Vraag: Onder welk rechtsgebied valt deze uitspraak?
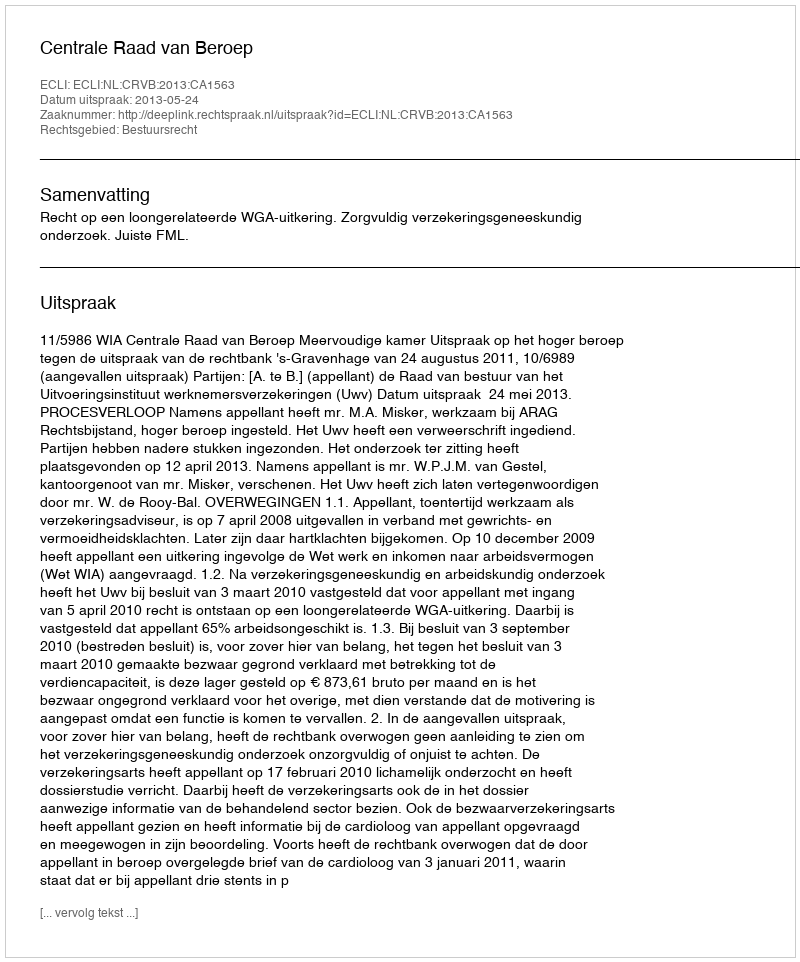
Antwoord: Bestuursrecht